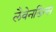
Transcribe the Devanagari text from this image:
लैवेनडिन्स